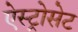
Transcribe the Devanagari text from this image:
ऐस्ट्रोसेट